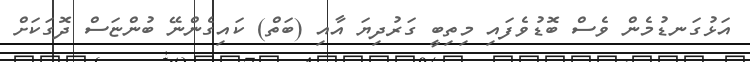
އަޅުގަނޑުމެން ވެސް ބޮޑުވެފައި މިތިބީ ގަރުދިޔަ އާއި (ބަތް) ކައިގެންނޭ ބުންޏަސް ދޮގަކަށް